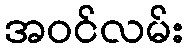
အဝင်လမ်း